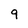
Character: 9